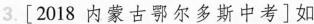
3. [2018内蒙古鄂尔多斯中考]如